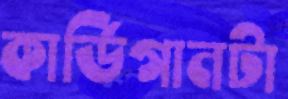
কার্ডিগানটা